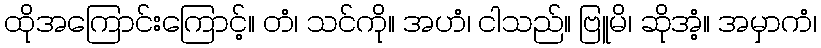
ထိုအကြောင်းကြောင့်။ တံ၊ သင်ကို။ အဟံ၊ ငါသည်။ ဗြူမိ၊ ဆိုအံ့။ အမှာကံ၊